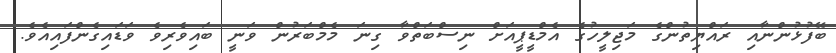
ބޭފުޅުންނާއި ރައްޔިތުންގެ މަޖިލީހުގެ އެމްޑީޕީއަށް ނިސްބަތްވާ ގިނަ މެމްބަރުން ވަނީ ބައިވެރިވެ ވަޑައިގެންފައިއެވެ.